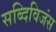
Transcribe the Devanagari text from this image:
सब्दिविजंस